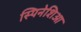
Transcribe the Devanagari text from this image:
स्पिनेशिआ